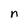
Character: n